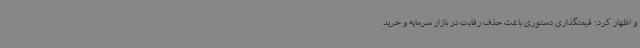
و اظهار کرد: قیمتگذاری دستوری باعث حذف رقابت در بازار سرمایه و خرید